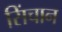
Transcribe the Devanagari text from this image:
सिंचान